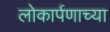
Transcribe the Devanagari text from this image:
लोकार्पणाच्या